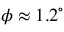
\phi \approx 1 . 2 ^ { \circ }